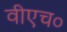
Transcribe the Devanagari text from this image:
वीएच०